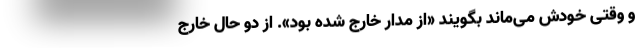
و وقتی خودش می‌ماند بگویند «از مدار خارج شده بود». از دو حال خارج